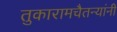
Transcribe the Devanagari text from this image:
तुकारामचैतन्यांनी